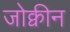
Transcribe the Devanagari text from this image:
जोक्वीन